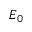
E _ { 0 }